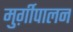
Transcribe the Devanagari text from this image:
मुर्ग़ीपालन